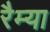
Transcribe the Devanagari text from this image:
रैम्या